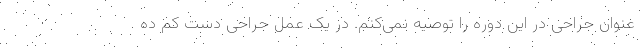
عنوان جراحی در این دوره را توصیه نمی‌کنم. در یک عمل جراحی دست کم ده